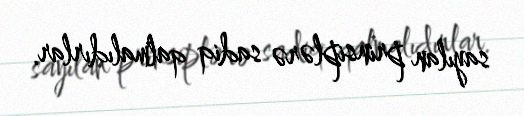
sayılan prinsiplərə sadiq qalmalıdırlar.